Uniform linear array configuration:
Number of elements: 32
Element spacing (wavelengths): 0.25
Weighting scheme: blackman
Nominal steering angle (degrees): -30
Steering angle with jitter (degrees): -31.003
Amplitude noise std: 0.05
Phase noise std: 0.05

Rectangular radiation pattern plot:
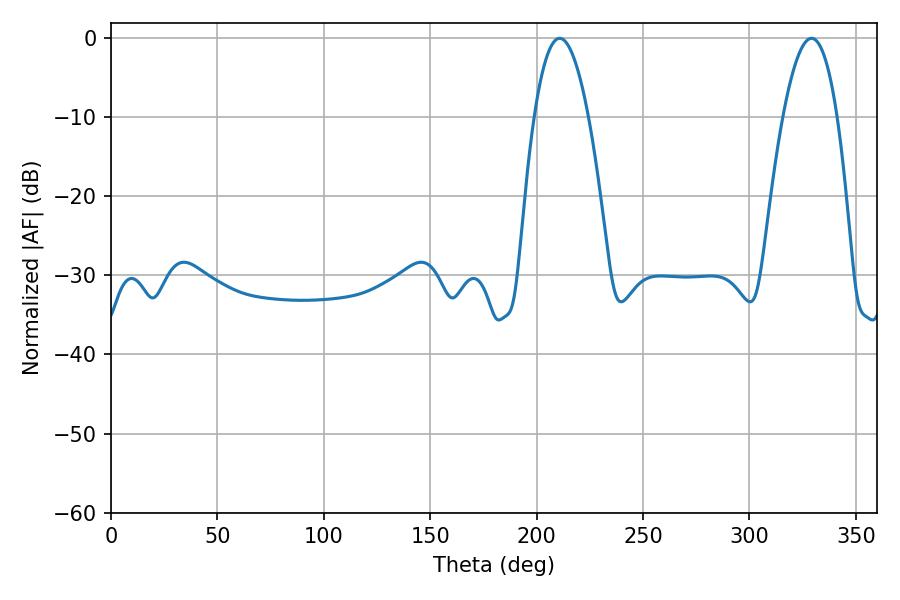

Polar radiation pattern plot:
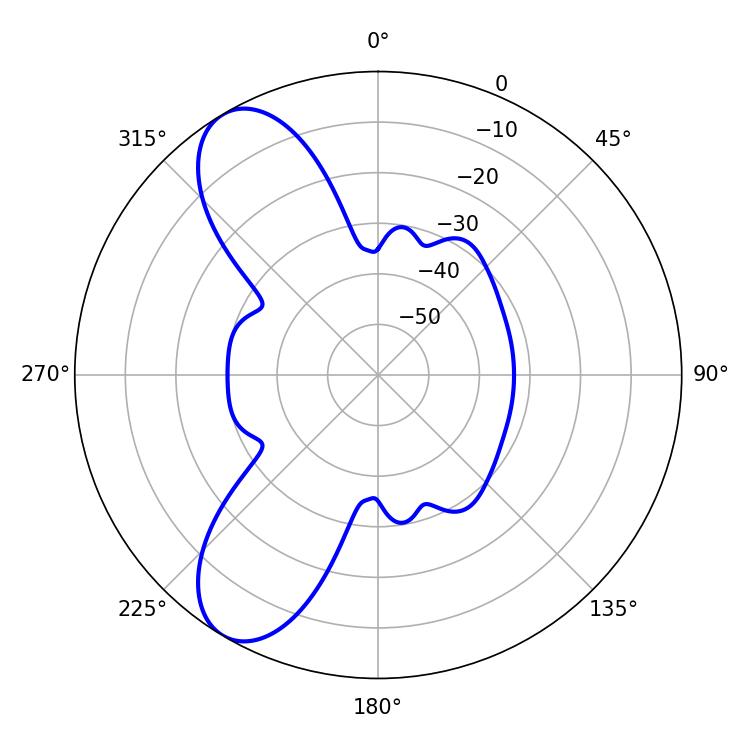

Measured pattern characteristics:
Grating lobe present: FALSE
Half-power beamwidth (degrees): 14.04
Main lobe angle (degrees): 329.22